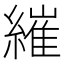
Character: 繀